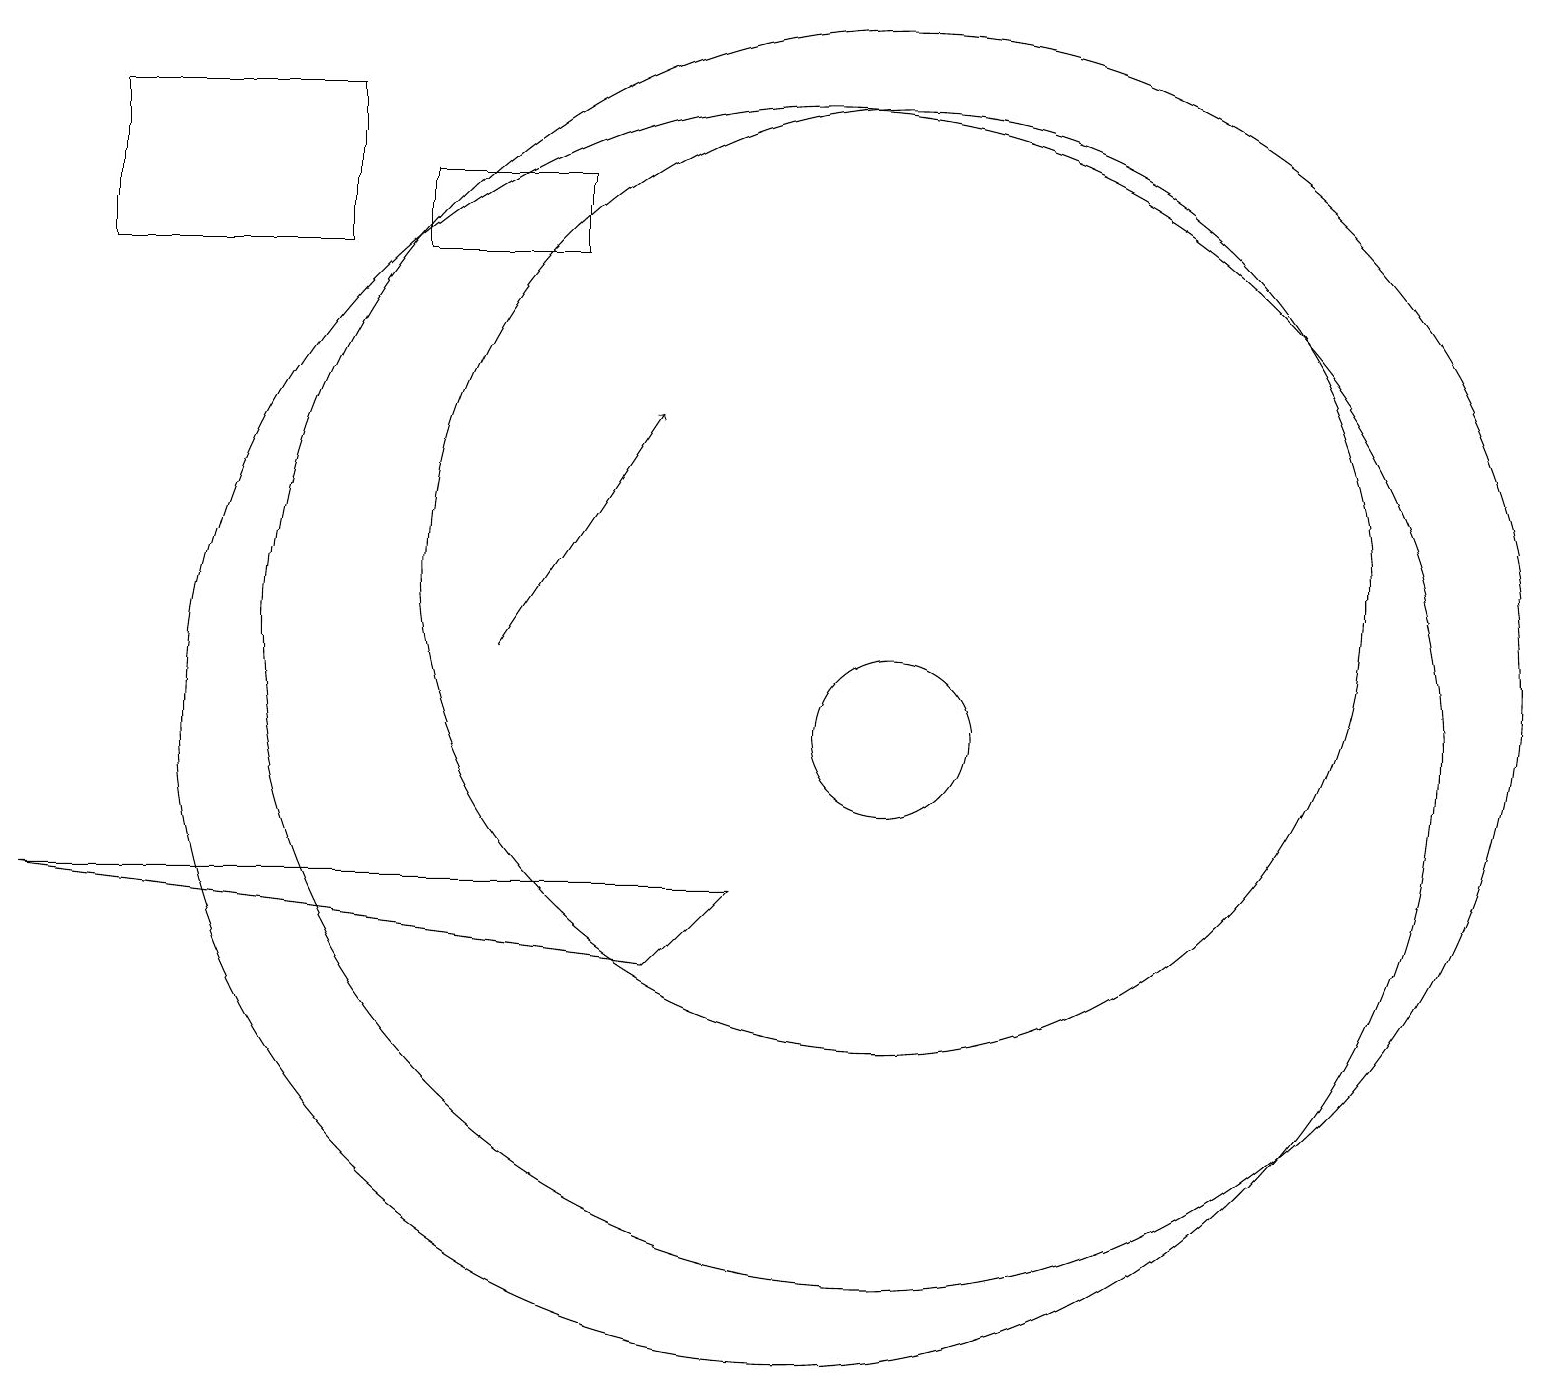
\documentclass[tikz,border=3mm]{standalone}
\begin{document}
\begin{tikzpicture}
\draw (10,10) circle (8);
\draw (11,11) circle (8);
\draw (11,10) circle (1);
\draw[->] (6,11) -- (8,14);
\draw (5,16) rectangle (7,17);
\draw (11,12) circle (6);
\draw (9,8) -- (8,7) -- (0,8) -- cycle;
\draw (1,16) rectangle (4,18);
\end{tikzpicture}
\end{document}